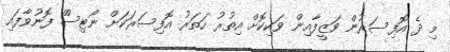
މި ދެ އޮފިސަރުން ވަޒީފާއިން ވަކިކޮށް އިތުރު ހަތަރު އޮފިސަރަކަށް ނޯޓިސްް ފޮނުވާފައި